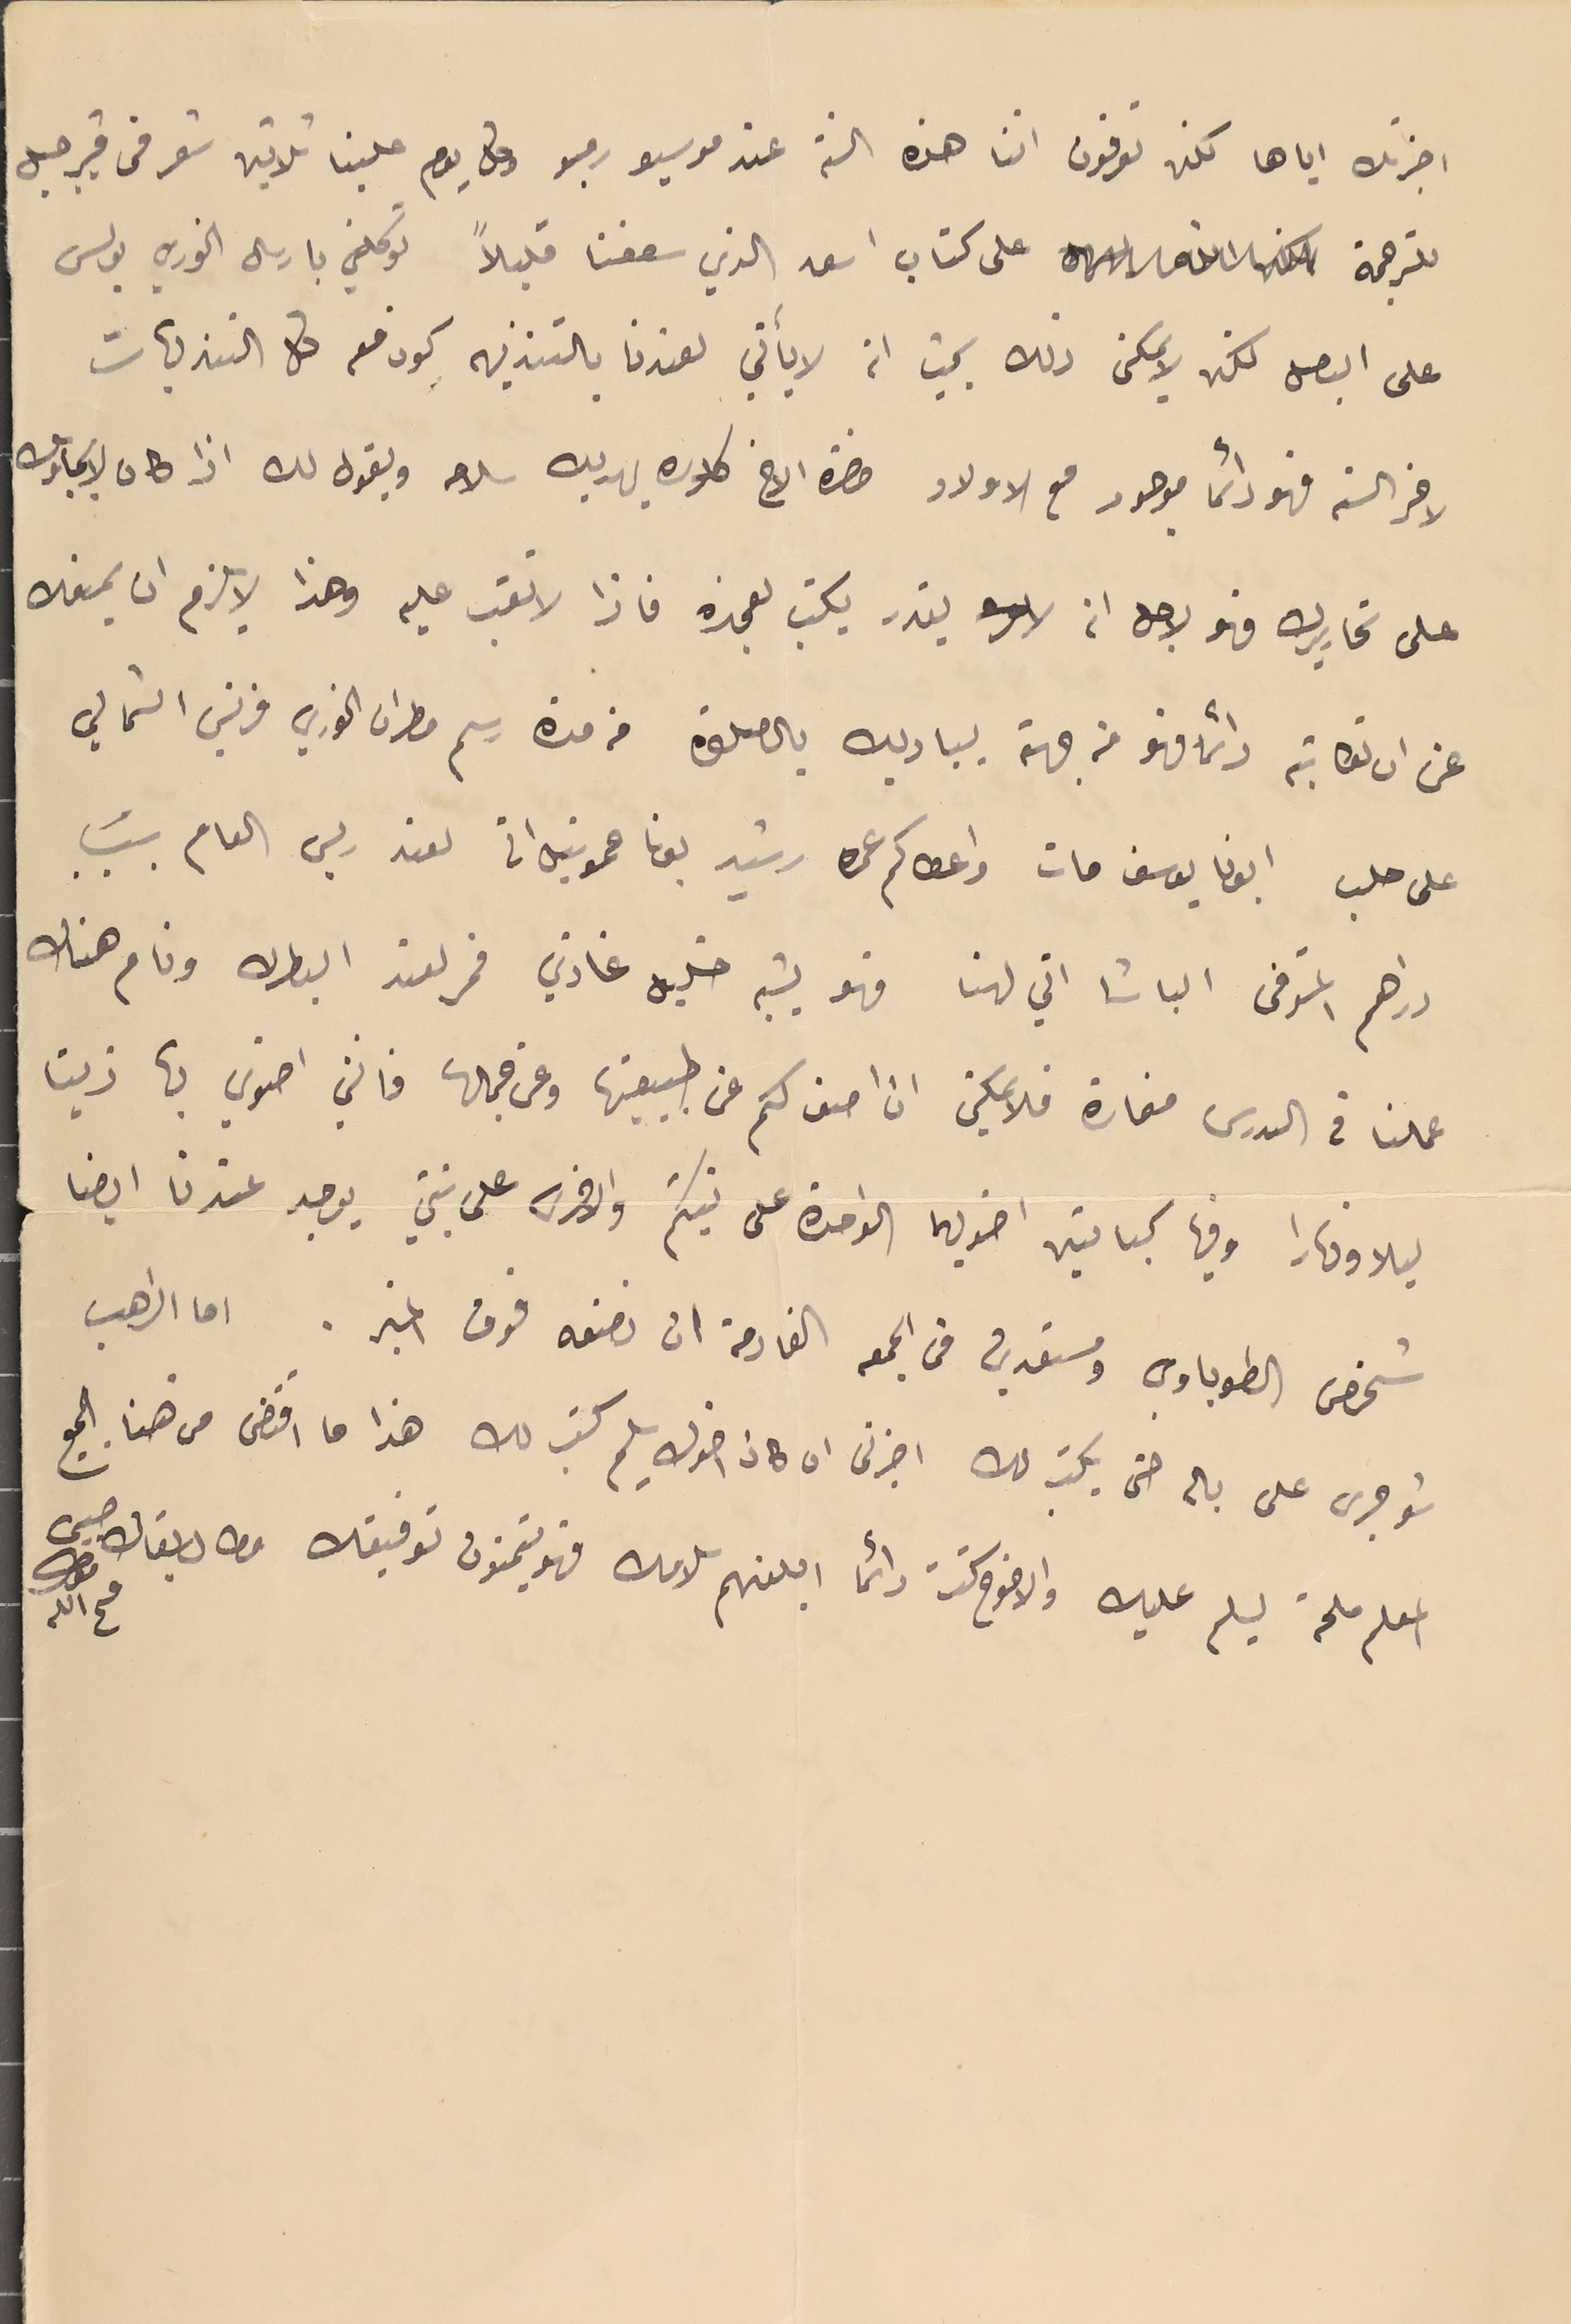
اخبرتك اياها لكن تعرفون اننا هذه السنة عند موسيو ربو وكل يومٍ علينا ثلاثين تعرفى ڤيرجيل
 للترجمة على كتاب اسعد الذي سعفنا قليلاً توكلني بارسال الخوري بولس
 على البعد لكن لايمكن ذلك بحيث انه لا يأتي لعندنا بالتنزيهه كون معه كل التنزيهات
 لاخر السنه فهو دائما موجود مع الاولاد حضرة الاخ كلاره يهديك سلامه ويقول لك اذا كان لايجاوبك
 على تحاريرك فهو لاجل انه يقدر يكتب لغيره فاذا لا تعتب عليه وهذا لا يلزم ان يمنعك
 عن ان تكاتبه دائما فهو من جهة يبادلك بالصلاة من مدة رسم مطران الخوري فرنسيس الشمالي
على حلب ابونا يوسف مات واعطاكم عمره رشيد عمونيل اتى لعند ريس العام بسَبب
 دراهم المتوفى الباشا اتي لهنا فهو يشبه خليل غازي فمر لعند البطرك ونام هناك
 عملنا فى الدرس مغارة فلا يمكن ان اصف كم عن طبيعتها وعن جمالها فانني اضوي بها زيتا
ليلا ونهارا وفيها كباتين اضويهما الواحدة على نيتكم والاخرى على نيتي يوجد عندنا ايضا
شخص الطوباوي ومستعدين من الجمعه القادمة ان نضعه فوق المنبر. اما الراهب
شو جرى على باله حتى يكتب لك اخبرنى ان كان اخوك يسلم كتب لك هذا ما اقتضى من هنا الجميع
المعلم ملحة ليسلم عليك والاخوه كنت دائما ابلغهم سلامك فهو يتمنون توفيقك وطال بقاك
فىح الله